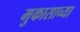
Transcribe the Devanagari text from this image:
मुकासाच्या